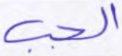
الجب